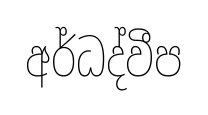
අර්ධද්වීප